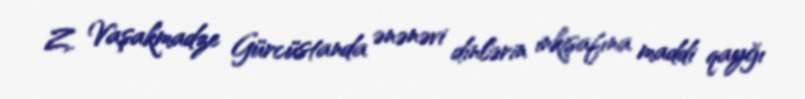
Z. Vaşakmadze Gürcüstanda ənənəvi dinlərin inkişafına maddi qayğı